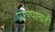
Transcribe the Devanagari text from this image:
प्राण्याचेही